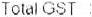
TOTAL GST :